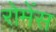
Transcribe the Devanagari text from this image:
रोमेंस